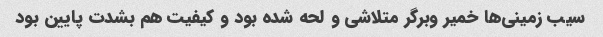
سیب زمینی‌ها خمیر وبرگر متلاشی و لحه شده بود و کیفیت هم بشدت پایین بود